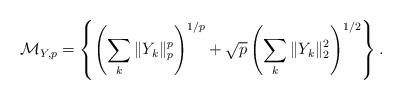
LaTeX: \begin{align*}\mathcal{M}_{Y,p} = \left\{ \left(\sum_k \|Y_k\|_p^p \right)^{1/p} + \sqrt{p} \left(\sum_k \|Y_k\|_2^2 \right)^{1/2} \right\}.\end{align*}